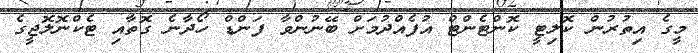
މީގެ އިތުރުން ކޮލިޓީ ކޮންޓެންޓް އުފެއްދުމަށް ބޭނުންވާ ފަންޑް ހޯދާނެ ގޮތާއި ޓެކްނޮލޮޖީގެ